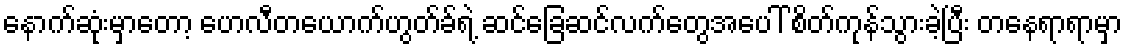
နောက်ဆုံးမှာတော့ ဟေလီတယောက်ဟွတ်ခ်ရဲ့ ဆင်ခြေဆင်လက်တွေအပေါ် စိတ်ကုန်သွားခဲ့ပြီး တနေရာရာမှာ